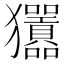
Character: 𤣣